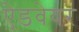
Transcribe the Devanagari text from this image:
ऐडवेयर